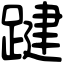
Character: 踺